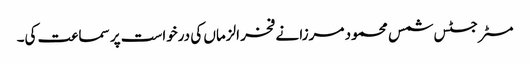
مسٹر جسٹس شمس محمود مرزا نے فخر الزماں کی درخواست پر سماعت کی۔